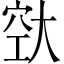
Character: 𪥔